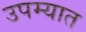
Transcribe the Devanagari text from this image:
उपम्यात